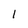
Character: 1